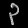
Digit: ၃